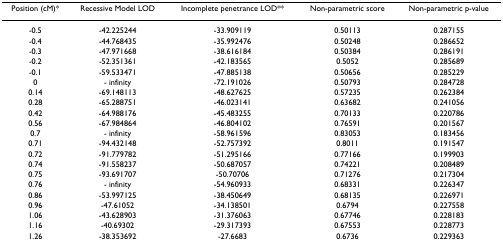
<table><thead><tr><td><b>Position (cM)*</b></td><td><b>Recessive Model LOD</b></td><td><b>Incomplete penetrance LOD**</b></td><td><b>Non-parametric score</b></td><td><b>Non-parametric p-value</b></td></tr></thead><tbody><tr><td>-0.5</td><td>-42.225244</td><td>-33.909119</td><td>0.50113</td><td>0.287155</td></tr><tr><td>-0.4</td><td>-44.768435</td><td>-35.992476</td><td>0.50248</td><td>0.286652</td></tr><tr><td>-0.3</td><td>-47.971668</td><td>-38.616184</td><td>0.50384</td><td>0.286191</td></tr><tr><td>-0.2</td><td>-52.351361</td><td>-42.183565</td><td>0.5052</td><td>0.285689</td></tr><tr><td>-0.1</td><td>-59.533471</td><td>-47.885138</td><td>0.50656</td><td>0.285229</td></tr><tr><td>0</td><td>- infinity</td><td>-72.191026</td><td>0.50793</td><td>0.284728</td></tr><tr><td>0.14</td><td>-69.148113</td><td>-48.627625</td><td>0.57235</td><td>0.262384</td></tr><tr><td>0.28</td><td>-65.288751</td><td>-46.023141</td><td>0.63682</td><td>0.241056</td></tr><tr><td>0.42</td><td>-64.988176</td><td>-45.483255</td><td>0.70133</td><td>0.220786</td></tr><tr><td>0.56</td><td>-67.984864</td><td>-46.804102</td><td>0.76591</td><td>0.201567</td></tr><tr><td>0.7</td><td>- infinity</td><td>-58.961596</td><td>0.83053</td><td>0.183456</td></tr><tr><td>0.71</td><td>-94.432148</td><td>-52.757392</td><td>0.8011</td><td>0.191547</td></tr><tr><td>0.72</td><td>-91.779782</td><td>-51.295166</td><td>0.77166</td><td>0.199903</td></tr><tr><td>0.74</td><td>-91.558237</td><td>-50.687057</td><td>0.74221</td><td>0.208489</td></tr><tr><td>0.75</td><td>-93.691707</td><td>-50.70706</td><td>0.71276</td><td>0.217304</td></tr><tr><td>0.76</td><td>- infinity</td><td>-54.960933</td><td>0.68331</td><td>0.226347</td></tr><tr><td>0.86</td><td>-53.997125</td><td>-38.450649</td><td>0.68135</td><td>0.226971</td></tr><tr><td>0.96</td><td>-47.61052</td><td>-34.138501</td><td>0.6794</td><td>0.227558</td></tr><tr><td>1.06</td><td>-43.628903</td><td>-31.376063</td><td>0.67746</td><td>0.228183</td></tr><tr><td>1.16</td><td>-40.69302</td><td>-29.317393</td><td>0.67553</td><td>0.228773</td></tr><tr><td>1.26</td><td>-38.353692</td><td>-27.6683</td><td>0.6736</td><td>0.229363</td></tr></tbody></table>